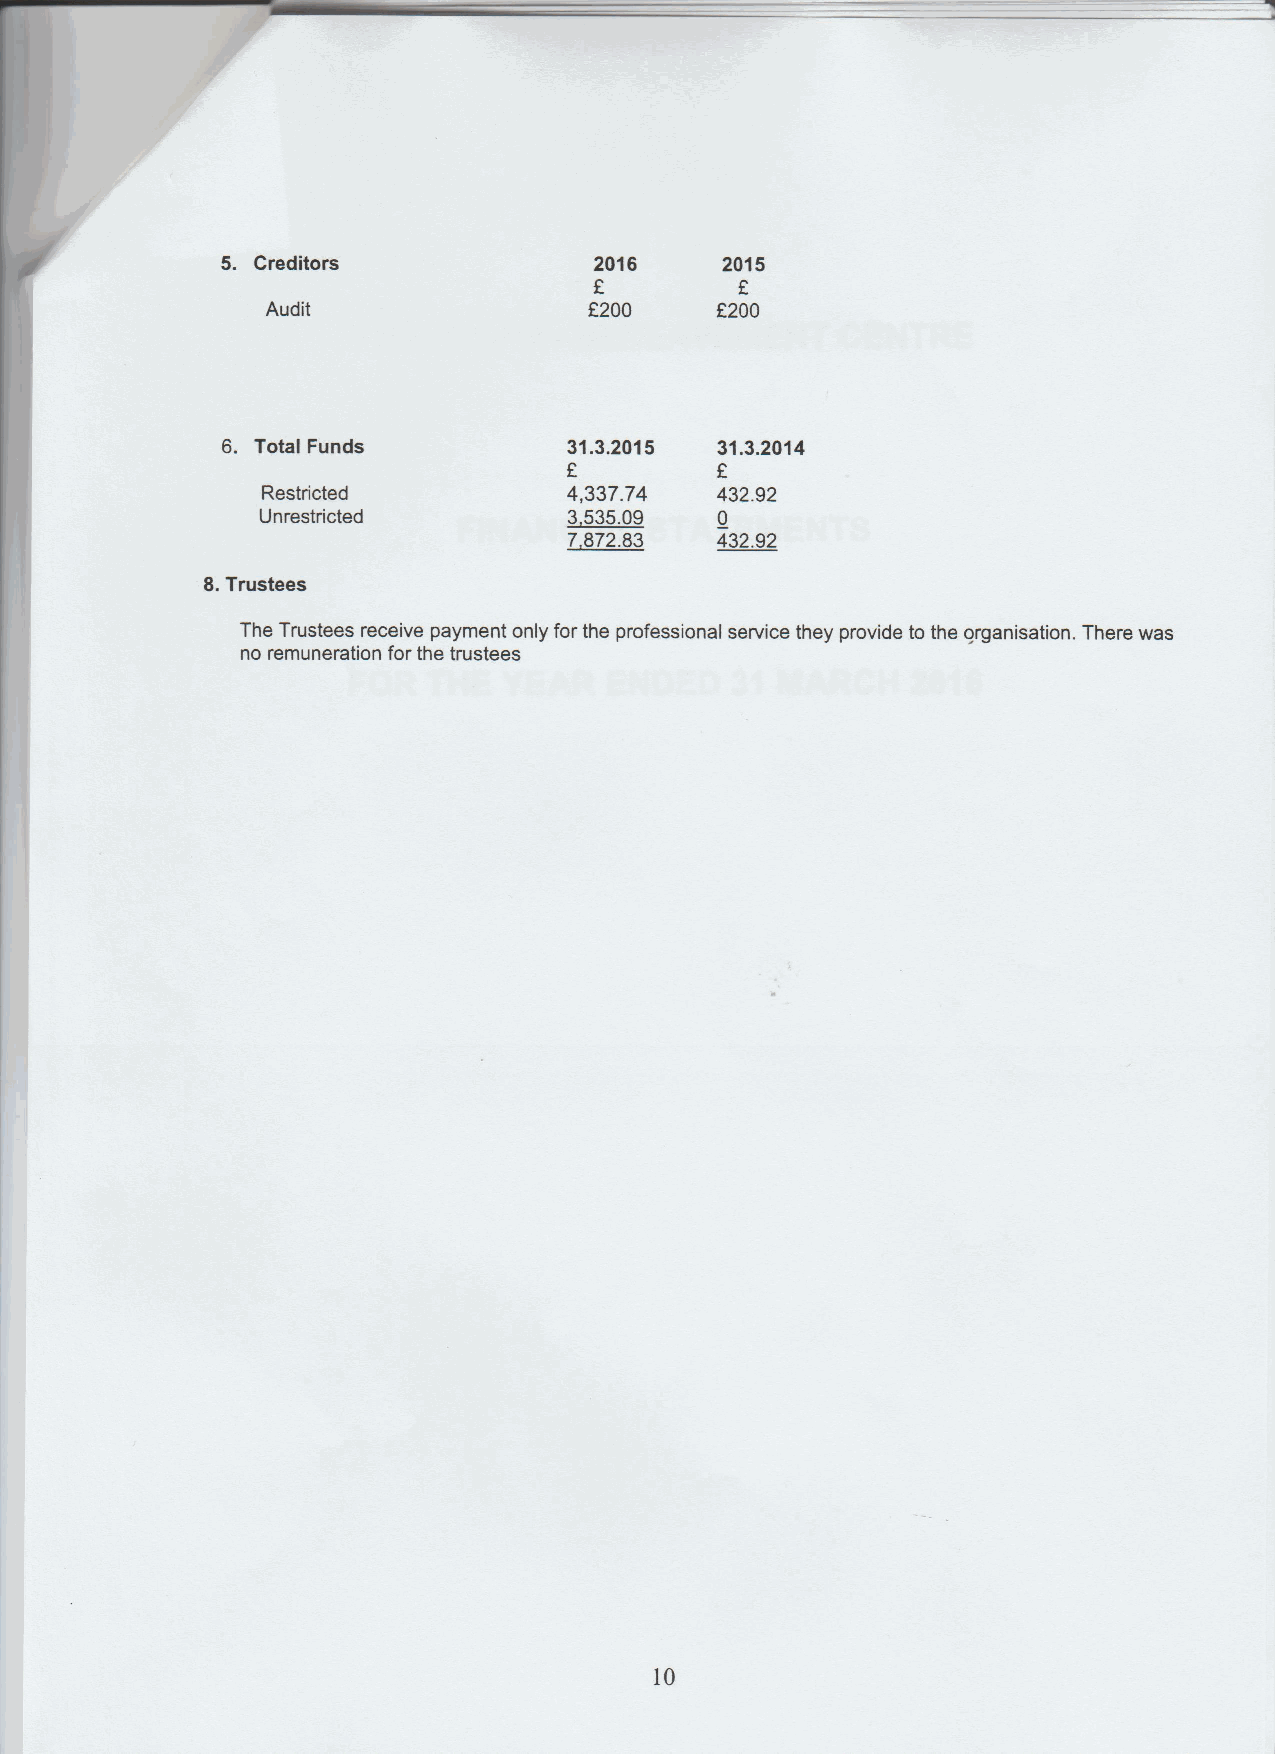
5. Creditors            2016     2015
 Audit                E200    f200
 6. Total Funds         31.3.2015 31.3.2014
 F
 Restricted           4,337.74 432.92
 Unrestricted         3535.09   0
 7872.83  432.92
 8.Trustees
 The Trustees receive payment only for the professional service they provide to the organisation. There was
 no remuneration for the trustees
 10